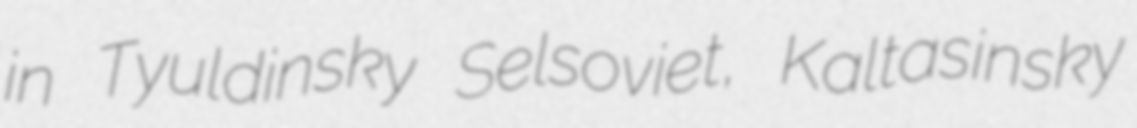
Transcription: in Tyuldinsky Selsoviet, Kaltasinsky